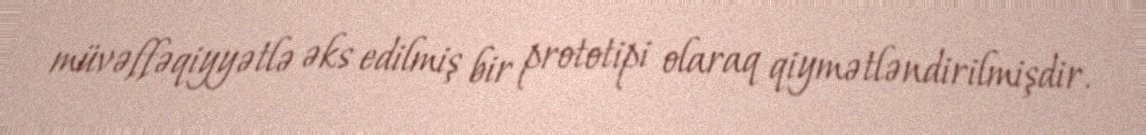
müvəffəqiyyətlə əks edilmiş bir prototipi olaraq qiymətləndirilmişdir.